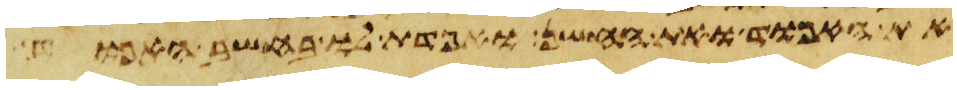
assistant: את האפוד ואת החשן ואפדת לו בחשב האפוד